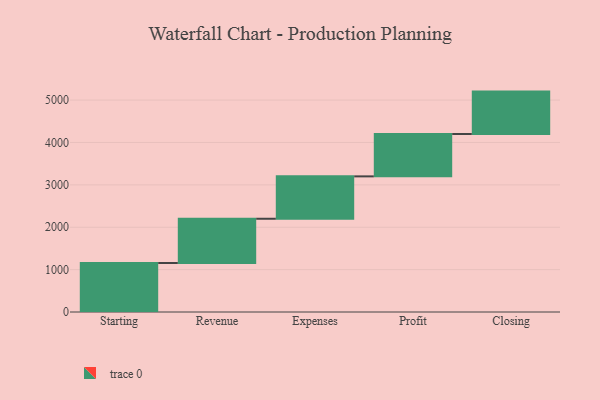
{"axis": {"x": "Step", "y": "Value"}, "legend": [""], "data": [{"x": "Starting", "y": 1156.0, "type": ""}, {"x": "Revenue", "y": 1044.0, "type": ""}, {"x": "Expenses", "y": 1000, "type": ""}, {"x": "Profit", "y": 1000, "type": ""}, {"x": "Closing", "y": 1000, "type": ""}]}